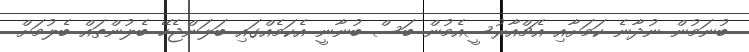
ބުނަމުން ނުދާނެ ކަމަށާއި އެޗްއާރުސީއެމުން ބަސް ބުނާނީ އެކަމެއްގައި ބަލަންޖެހޭ ބެލުންތައް ބެލުމަށް